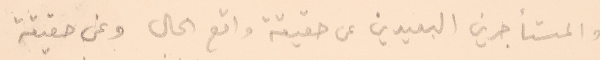
والمستأجرين البعيدين عن حقيقة واقع الحال وعن حقيقة